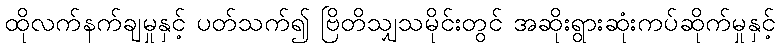
ထိုလက်နက်ချမှုနှင့် ပတ်သက်၍ ဗြိတိသျှသမိုင်းတွင် အဆိုးရွားဆုံးကပ်ဆိုက်မှုနှင့်